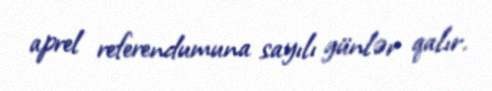
aprel referendumuna sayılı günlər qalır.